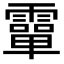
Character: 𩅦